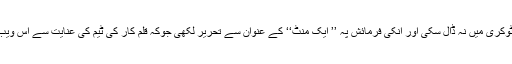
لیکن فائزہ رانی اپنے نانا جی کی فرمائش کو ردی کی ٹوکری میں نہ ڈال سکی اور انکی فرمائش پہ ’’ ایک منٹ‘‘ کے عنوان سے تحریر لکھی جوکہ قلم کار کی ٹیم کی عنایت سے اس ویب سائیٹ کی نا صرف زینت بنی بلکہ پسند بھی کی گئی۔